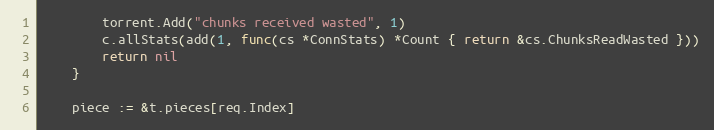
Language: Go
		torrent.Add("chunks received wasted", 1)
		c.allStats(add(1, func(cs *ConnStats) *Count { return &cs.ChunksReadWasted }))
		return nil
	}

	piece := &t.pieces[req.Index]